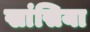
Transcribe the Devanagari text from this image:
खांसिया